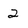
Character: 2